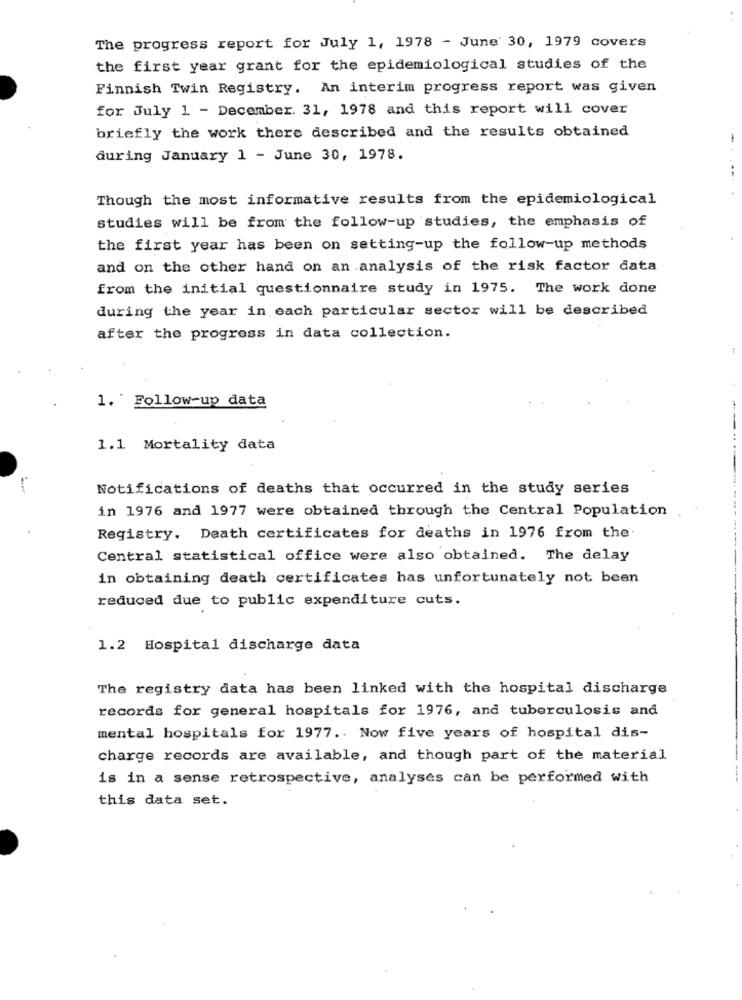
The progress report for July 1, 1978 - June 30, 1979 covers
the first year grant for the epidemiological studies of the
Finnish Twin Registry. An interim progress report was given
for July 1 - December. 31, 1978 and this report will cover
briefly the work there described and the results obtained
during January 1 - June 30, 1978.
Though the most informative results from the epidemiological
studies will be from the follow-up studies, the emphasis of
the first year has been on setting-up the follow-up methods
and on the other hand on an analysis of the risk factor data
from the initial questionnaire study in 1975. The work done
during the year in each particular sector will be described
after the progress in data collection.
1. Follow-up data
1.1 Mortality data
Notifications of deaths that occurred in the study series
in 1976 and 1977 were obtained through the Central Population
Registry. Death certificates for deaths in 1976 from the.
Central statistical office were also obtained. The delay
in obtaining death certificates has unfortunately not been
reduced due to public expenditure cuts.
1.2 Hospital discharge data
The registry data has been linked with the hospital discharge
records for general hospitals for 1976, and tuberculosis and
mental hospitals for 1977 .. Now five years of hospital dis-
charge records are available, and though part of the material
is in a sense retrospective, analyses can be performed with
this data set.